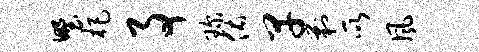
野杷事琛佑早剿所风